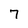
Character: 7